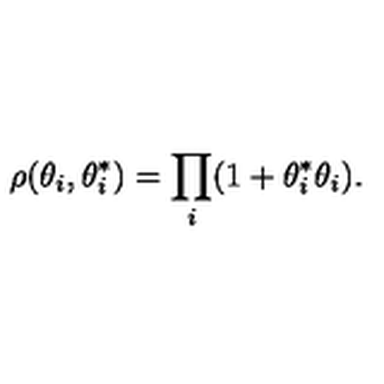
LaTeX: \rho ( \theta _ { i } , \theta _ { i } ^ { * } ) = \prod _ { i } ( 1 + \theta _ { i } ^ { * } \theta _ { i } ) .